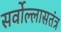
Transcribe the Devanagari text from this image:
सर्वोल्लासतंत्र